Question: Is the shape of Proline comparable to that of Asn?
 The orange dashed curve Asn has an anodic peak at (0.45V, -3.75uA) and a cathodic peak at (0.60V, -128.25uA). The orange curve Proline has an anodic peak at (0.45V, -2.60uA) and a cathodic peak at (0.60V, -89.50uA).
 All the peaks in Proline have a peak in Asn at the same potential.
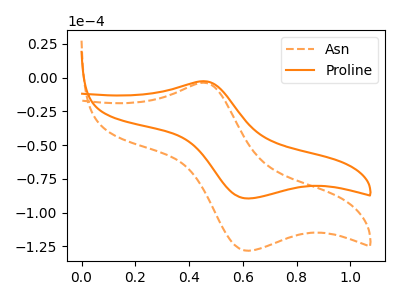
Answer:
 <answer>"Proline" and "Asn" are similar in shape.</answer>
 <eval>same_shape</eval>